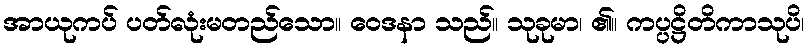
အာယုကပ် ပတ်လုံးမတည်သော။ ဝေဒနာ သည်။ သုခုမာ၊ ၏။ ကပ္ပဋ္ဌိတိကာသုပိ၊